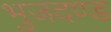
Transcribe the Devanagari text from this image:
भुजदण्ड